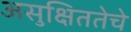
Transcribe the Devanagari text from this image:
असुक्षिततेचे